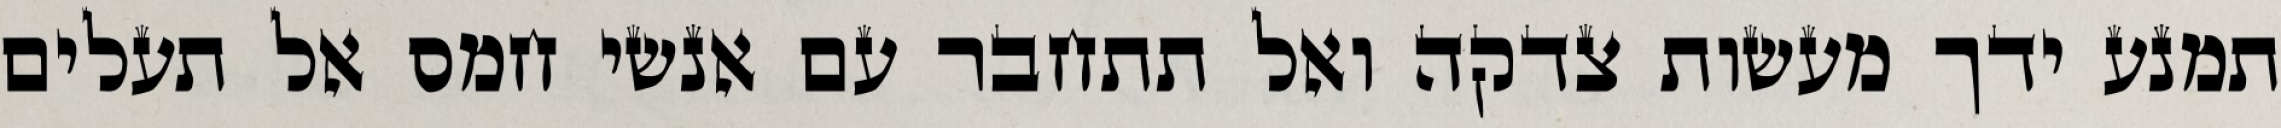
תמנע ידך מעשות צדקה ואל תתחבר עם אנשי חמס אל תעלים